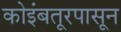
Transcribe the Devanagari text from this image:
कोइंबतूरपासून